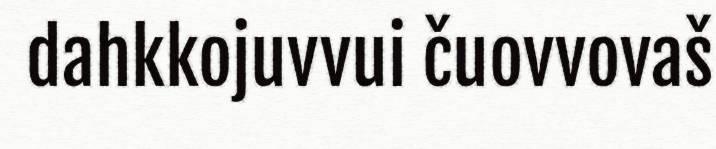
dahkkojuvvui čuovvovaš